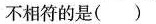
不相符的是()